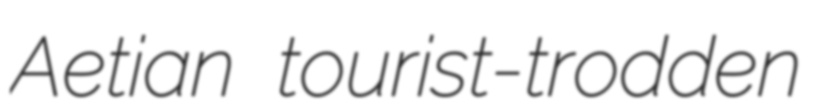
Aetian tourist-trodden